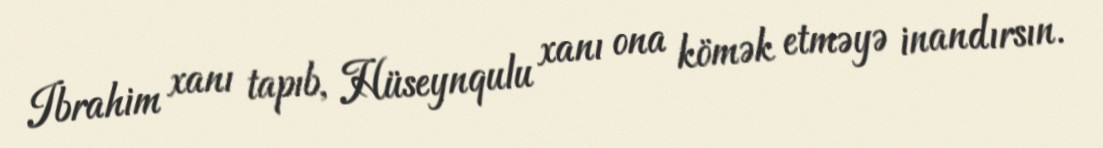
Ibrahim xanı tapıb, Hüseynqulu xanı ona kömək etməyə inandırsın.